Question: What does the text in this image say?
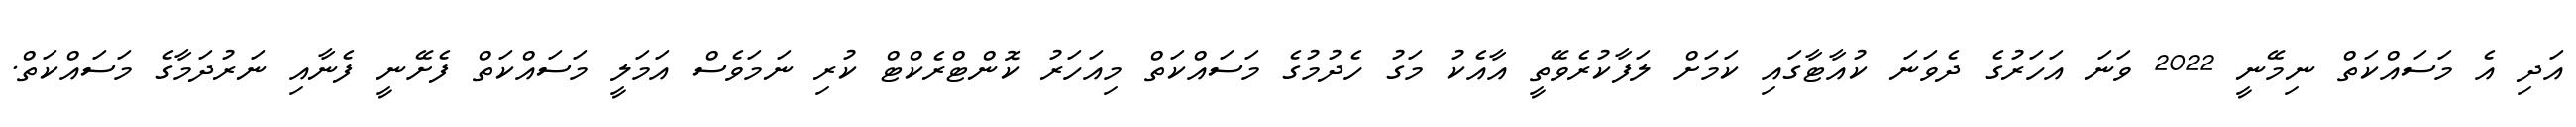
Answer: އަދި އެ މަސައްކަތް ނިމޭނީ 2022 ވަނަ އަހަރުގެ ދެވަނަ ކުއާޓާގައި ކަމަށް ލަފާކުރެވޭތީ އާއެކު މަގު ހެދުމުގެ މަސައްކަތް މިއަހަރު ކޮންޓްރެކްޓް ކުރި ނަމަވެސް އަމަލީ މަސައްކަތް ފެށޭނީ ފެނާއި ނަރުދަމާގެ މަސައްކަތް.